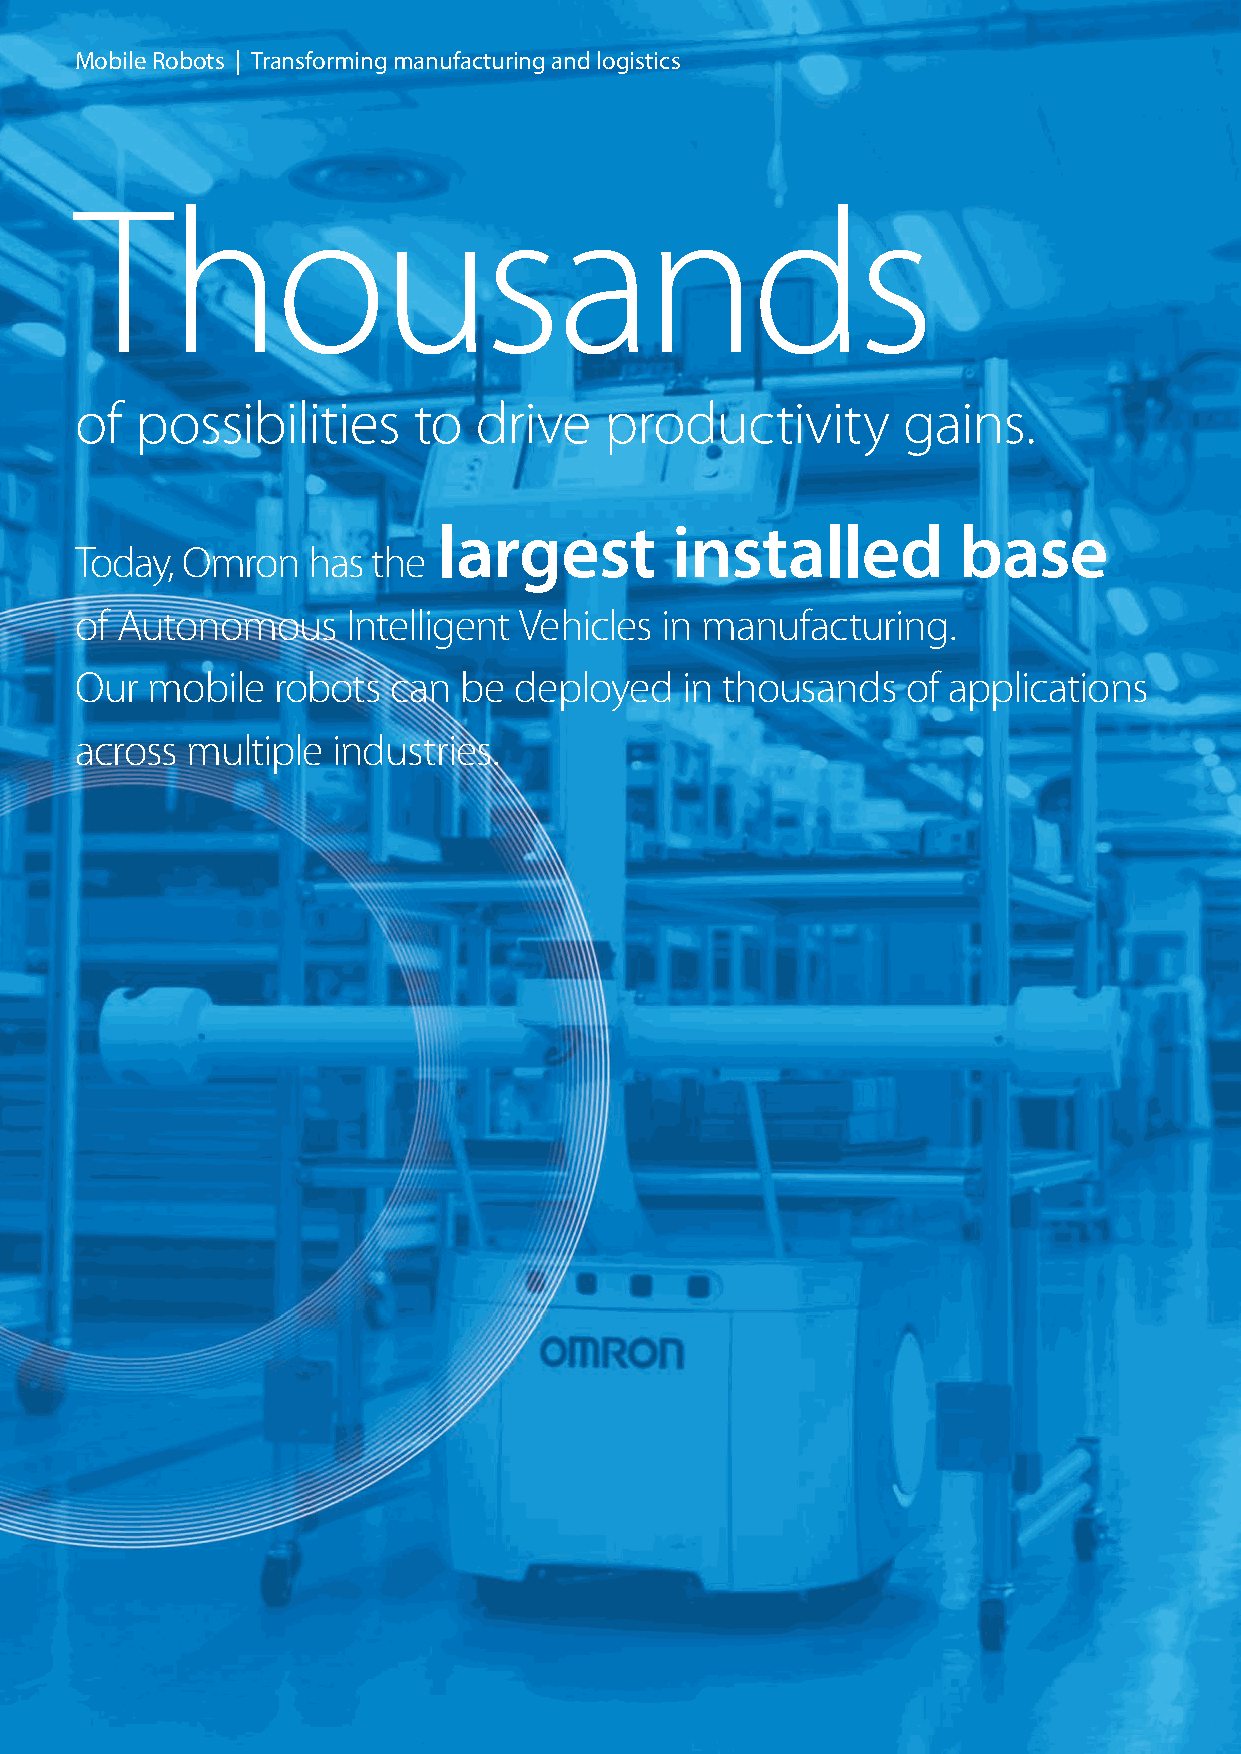
Mobile Robots | Transforming manufacturing and logistics
 Thousands
 of  possibilities     to  drive    productivity        gains.
 largest        installed          base
 Today, Omron   has  the
 of Autonomous     Intelligent Vehicles in manufacturing.
 Our  mobile  robots  can  be deployed   in thousands   of applications
 across multiple  industries.